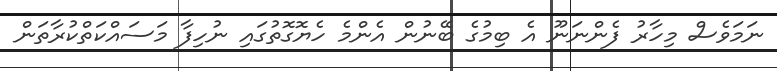
ނަމަވެސް މިހާރު ފެންނަނޫ އެ ބިމުގެ ބޭނުން އެންމެ ހެޔޮގޮތުގައި ނުހިފާ މަސައްކަތްކުރާތަން